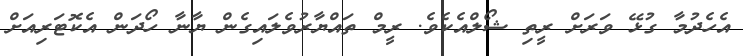
އެހެދުމާ ގުޅޭ ވަރަށް ރީތި ޝޯލްއެކެވެ. ރީމް ތައްޔާރުވެލައިގެން ޔާނާ ހޯދަން އެކޮޓަރިއަށް